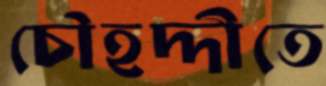
চৌহদ্দীতে